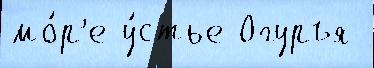
мо́р'е у́стье Огуръя